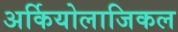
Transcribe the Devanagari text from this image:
अर्कियोलाजिकल